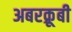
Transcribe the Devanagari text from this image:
अबरक्रूबी